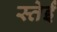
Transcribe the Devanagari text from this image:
स्तेईं